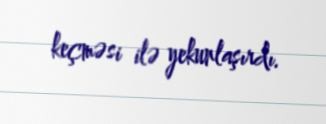
keçməsi ilə yekunlaşırdı.